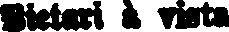
Pietari à vista